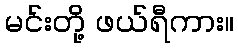
မင်းတို့ ဖယ်ရီကား။